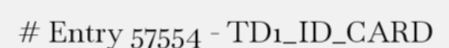
# Entry 57554 - TD1_ID_CARD